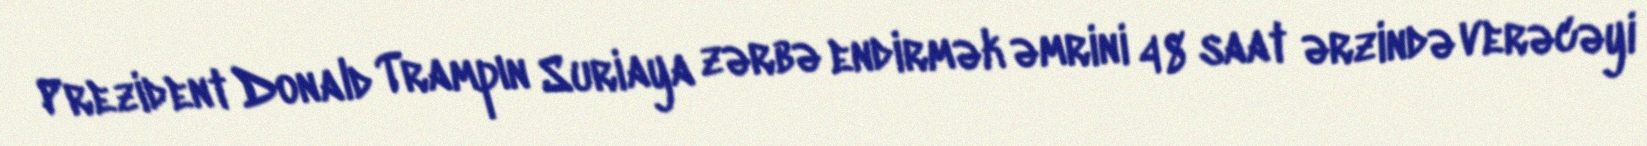
Prezident Donald Trampın Suriaya zərbə endirmək əmrini 48 saat ərzində verəcəyi